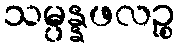
သမ္ပန္နဖလဉ္စ